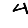
Digit: 4